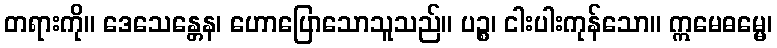
တရားကို။ ဒေသေန္တေန၊ ဟောပြောသောသူသည်။ ပဉ္စ၊ ငါးပါးကုန်သော။ ဣမေဓမ္မေ၊